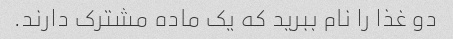
دو غذا را نام ببرید که یک ماده مشترک دارند.